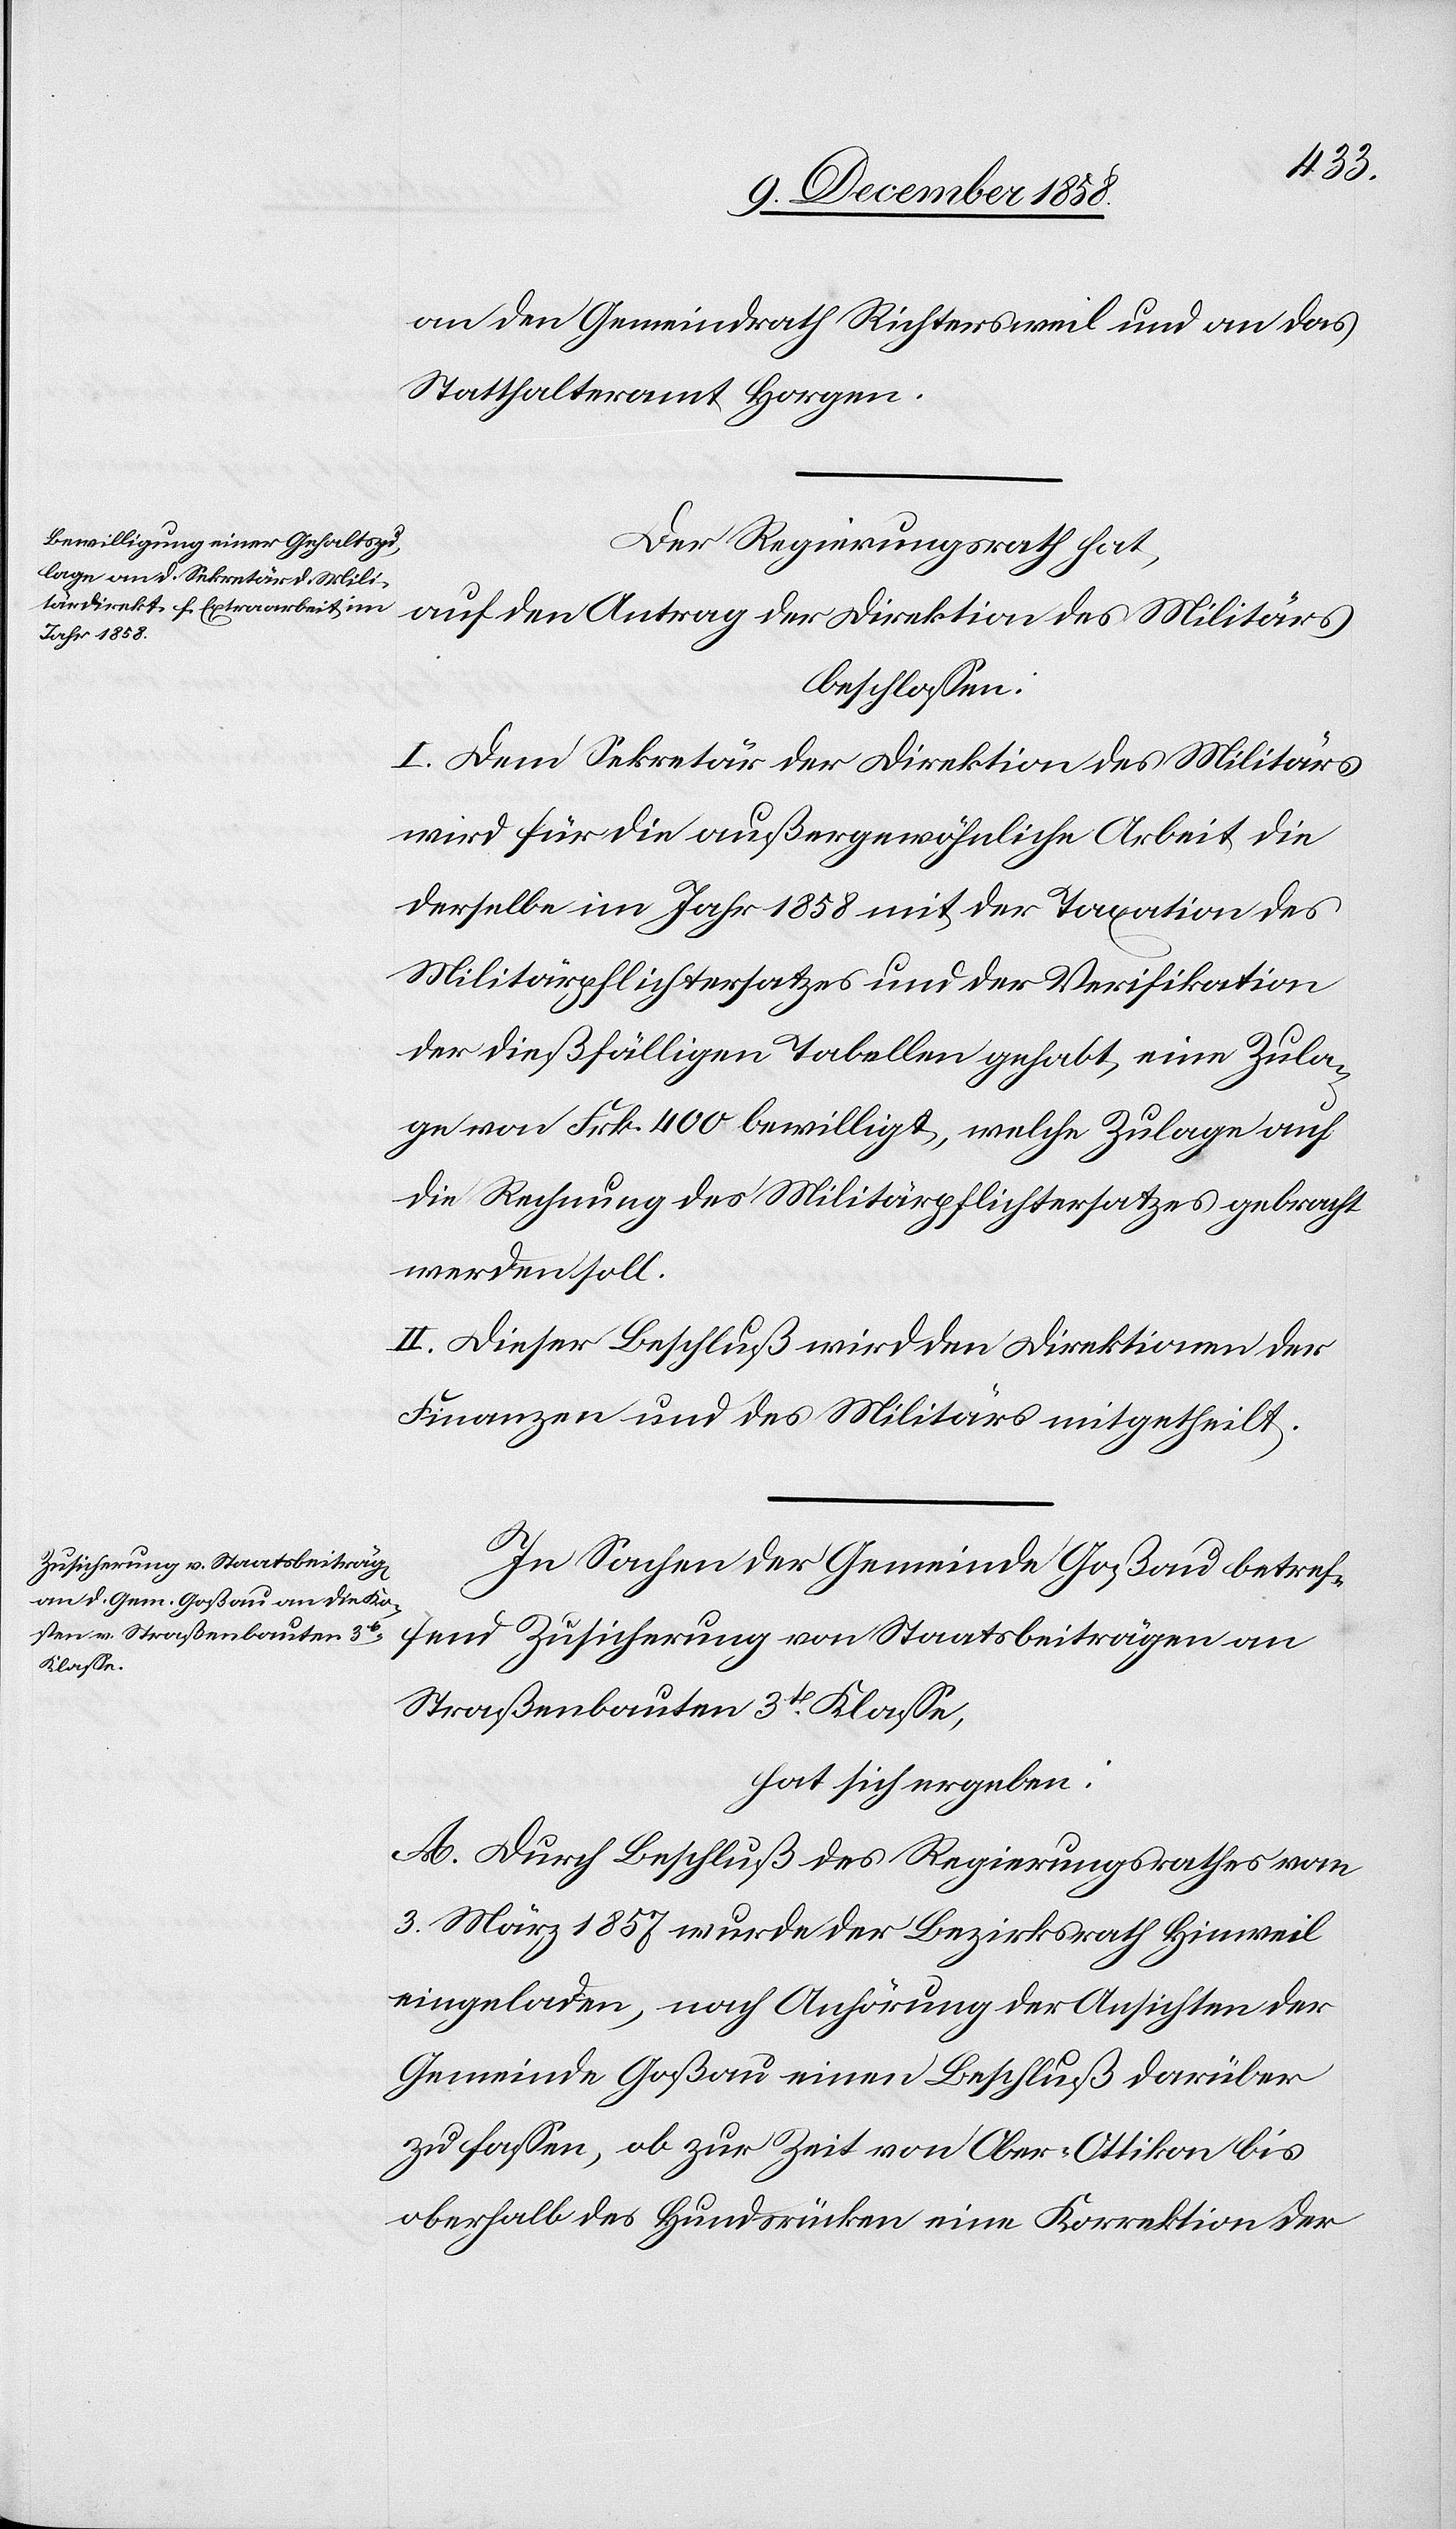
an den Gemeindrath Richtersweil und an das
Statthalteramt Horgen.
Der Regierungsrath hat,
beschlossen:
I. Dem Sekretär der Direktion des Militärs
wird für die außergewöhnliche Arbeit die
derselbe im Jahr 1858 mit der Taxation des
Militärpflichtersatzes und der Verifikation
der dießfälligen Tabellen gehabt, eine Zula¬
ge von Frk. 400 bewilligt, welche Zulage auf
die Rechnung des Militärpflichtersatzes gebracht
werden soll.
II. Dieser Beschluß wird den Direktionen der
Finanzen und des Militärs mitgetheilt.
In Sachen der Gemeinde Goßau betref¬
fend Zusicherung von Staatsbeiträgen an
Straßenbauten 3t Klasse,
hat sich ergeben:
A. Durch Beschluß des Regierungsrathes vom
3. März 1857 wurde der Bezirksrath Hinweil
eingeladen, nach Anhörung der Ansichten der
Gemeinde Goßau einen Beschluß darüber
zu fassen, ob zur Zeit von Ober-Ottikon bis
oberhalb des Hundsrücken eine Korrektion der